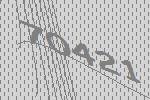
70421